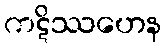
ကဋိဿဟေန